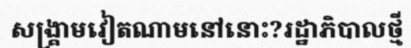
សង្គ្រាមវៀតណាមនៅនោះ?រដ្ឋាភិបាលថ្មី